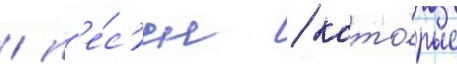
/ п'е́с'ен / кото́рые